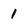
Character: 1